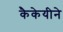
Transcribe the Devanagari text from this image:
कैकेयीने